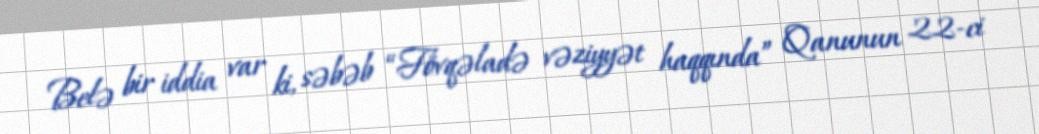
Belə bir iddia var ki, səbəb “Fövqəladə vəziyyət haqqında” Qanunun 22-ci